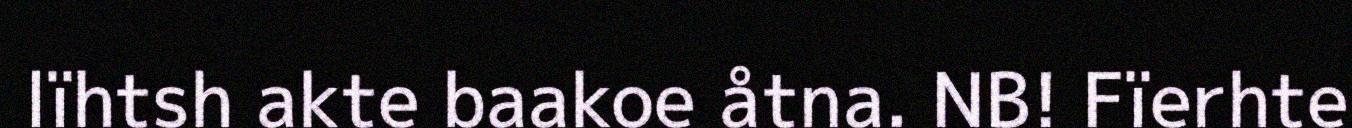
lïhtsh akte baakoe åtna. NB! Fïerhte